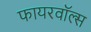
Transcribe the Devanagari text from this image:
फायरवॉल्स